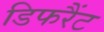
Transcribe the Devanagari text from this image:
डिफरैंट